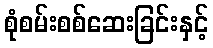
စုံစမ်းစစ်ဆေးခြင်းနှင့်